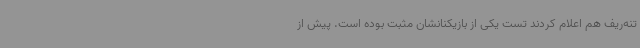
تنه‌ریف هم اعلام کردند تست یکی از بازیکنانشان مثبت بوده است. پیش از